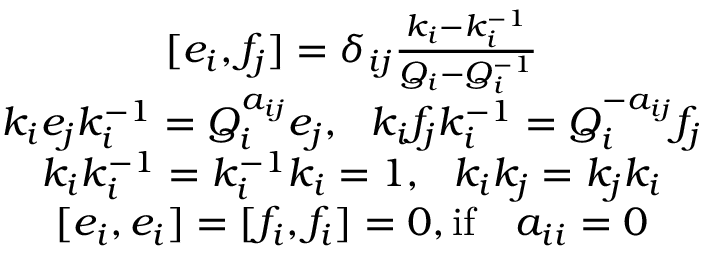
\begin{array} { c } { { \lbrack e _ { i } , f _ { j } \rbrack = \delta _ { i j } \frac { k _ { i } - k _ { i } ^ { - 1 } } { Q _ { i } - Q _ { i } ^ { - 1 } } } } \\ { { k _ { i } e _ { j } k _ { i } ^ { - 1 } = Q _ { i } ^ { a _ { i j } } e _ { j } , ~ ~ k _ { i } f _ { j } k _ { i } ^ { - 1 } = Q _ { i } ^ { - a _ { i j } } f _ { j } } } \\ { { k _ { i } k _ { i } ^ { - 1 } = k _ { i } ^ { - 1 } k _ { i } = 1 , ~ ~ k _ { i } k _ { j } = k _ { j } k _ { i } } } \\ { { \lbrack e _ { i } , e _ { i } \rbrack = \lbrack f _ { i } , f _ { i } \rbrack = 0 , \mathrm { i f } ~ ~ ~ a _ { i i } = 0 } } \end{array}